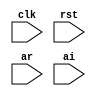
module fft(
                        input             clk,rst,
                        input [11:0]      ar,
                        input [11:0]      ai,
                        // input             valid_i,
                        // output reg [11:0] xr,
                        // output reg [11:0] xi,
                        );
   reg [11:0]                             ar_reg [0:63];
   reg [11:0]                             ai_reg [0:63];
   reg [11:0]                             xr_tmp,xi_tmp;                             
   reg [6:0]                              input_cnt, output_cnt, m, mh, j;
   reg                                    start_flg, loop_fin_flg;

   always@(posedge clk)
     begin
        if(!rst) begin
           xr <= 0;
           xi <= 0;
           input_cnt <= 0;
           output_cnt <= 0;
           m <= 0;
           j <= 0;
           start_flg <= 0;
           loop_fin_flg <= 0;           
        end

        else begin
           if(valid_i) begin
              ar_reg[input_cnt] <= ar;
              ai_reg[input_cnt] <= ai;
              input_cnt <= input_cnt + 1;
              if(input_cnt >= 64) begin
                 start_flg <= 1;
                 input_cnt <= 0;
              end     
           end // if (valid_i)

           else begin
              if(start_flg) begin //FFT
                 if(!i_loop_flg) begin
                    m <= m >> 1;
                    if(!m) begin
                       //演算終了
                    end
                    else begin
                       mh <= m >> 1;
                       i_loop_flg <= 1;
                    end
                 end
                 else begin
                    if(!j_loop_flg) begin
                       i <= i + 1;
                       if(i >= mh) begin
                          i <= 0;
                          i_loop_flg <= 0; 
                       end                       
                       else begin
                          // wr <= cos[(m >> 5) * i];
                          // wi <= sin[(m >> 5) * i];
                          j <= i;
                          j_loop_flg <= 1;                        
                       end
                    end
                    else begin
                       k <= j + mh;
                       // xr_tmp <= ar_reg[j] -ar_reg[k];
                       // xi_tmp <= ai_reg[j] -ai_reg[k];
                       // ar_reg[k] <= (wr * xr- wi * xi) >>15;
                       // ai_reg[k] <= (wr * xi- wi * xr) >>15;
                       j <= j + m;
                       if(j == 64) begin
                          j_loop_flg <= 0;
                       end
                    end // else: !if(!j_loop_flg)
                 end // else: !if(!i_loop_flg)
              end // if (start_flg)
           end // else: !if(valid_i)
        end // else: !if(!rst)
     end // always@ (posedge clk)
   
   
   
   
   
endmodule